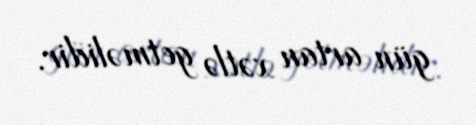
gün artan xətlə getməlidir.